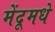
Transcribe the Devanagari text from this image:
मेंदूमधे